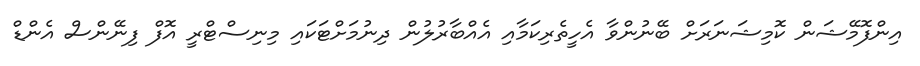
އިންފޮމޭޝަން ކޮމިޝަނަރަށް ބޭނުންވާ އެހީތެރިކަމާއި އެއްބާރުލުން ދިނުމަށްޓަކައި މިނިސްޓްރީ އޮފް ފިނޭންސް އެންޑް